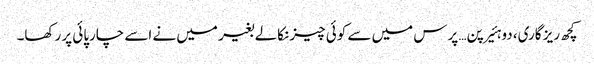
کچھ ریز گاری، دو ہئیرپن… پرس میں سے کوئی چیز نکالے بغیر میں نے اسے چارپائی پر رکھا۔